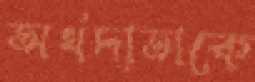
অর্থদাতাকে